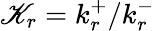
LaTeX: \mathscr{K}_{r}=k_{r}^{+}/k_{r}^{-}